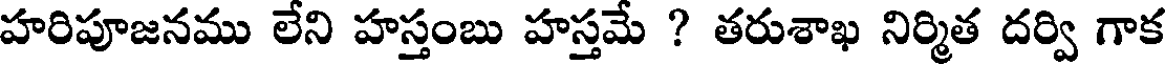
హరిపూజనము లేని హస్తంబు హస్తమే ? తరుశాఖ నిర్మిత దర్వి గాక